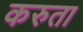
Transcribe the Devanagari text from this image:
करुता